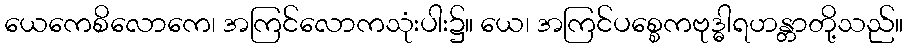
ယေကေစိလောကေ၊ အကြင်လောကသုံးပါး၌။ ယေ၊ အကြင်ပစ္စေကဗုဒ္ဓါရဟန္တာတို့သည်။